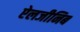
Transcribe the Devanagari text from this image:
ऐलजीनिब